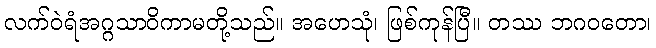
လက်ဝဲရံအဂ္ဂသာဝိကာမတို့သည်။ အဟေသုံ၊ ဖြစ်ကုန်ပြီ။ တဿ ဘဂဝတော၊